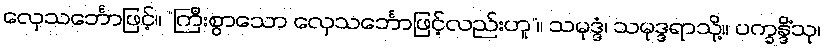
လှေသင်္ဘောဖြင့်။ “ကြီးစွာသော လှေသင်္ဘောဖြင့်လည်းဟူ”။ သမုဒ္ဒံ၊ သမုဒ္ဒရာသို့။ ပက္ခန္ဒိံသု၊